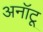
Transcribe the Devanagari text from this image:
अनॉटू